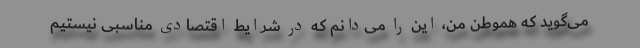
می‌گوید که هموطن من، این را می‌دانم که در شرایط اقتصادی مناسبی نیستیم